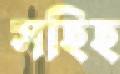
সহিহ